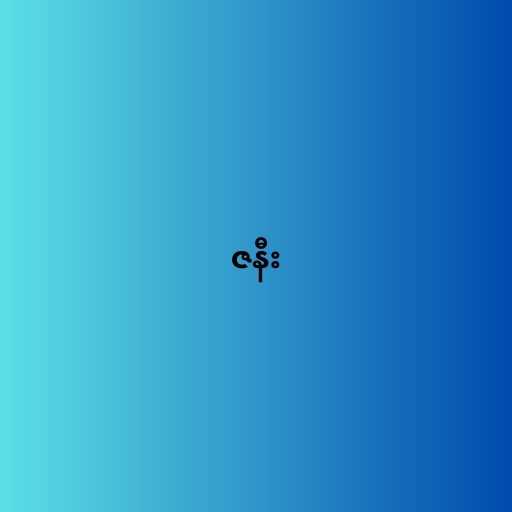
ဇနီး